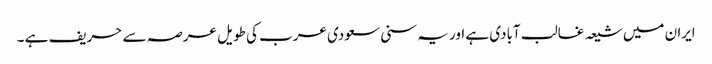
ایران میں شیعہ غالب آبادی ہے اور یہ سنی سعودی عرب کی طویل عرصہ سے حریف ہے ۔